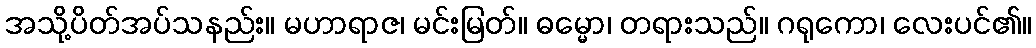
အသို့ပိတ်အပ်သနည်း။ မဟာရာဇ၊ မင်းမြတ်။ ဓမ္မော၊ တရားသည်။ ဂရုကော၊ လေးပင်၏။